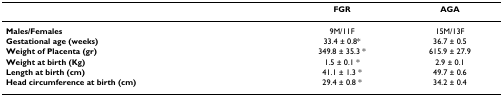
|  | FGR | AGA |
 | --- | --- | --- |
 | Males/Females | 9M/11F | 15M/13F |
 | Gestational age (weeks) | 33.4 ± 0.8* | 36.7 ± 0.5 |
 | Weight of Placenta (gr) | 349.8 ± 35.3 * | 615.9 ± 27.9 |
 | Weight at birth (Kg) | 1.5 ± 0.1 * | 2.9 ± 0.1 |
 | Length at birth (cm) | 41.1 ± 1.3 * | 49.7 ± 0.6 |
 | Head circumference at birth (cm) | 29.4 ± 0.8 * | 34.2 ± 0.4 |